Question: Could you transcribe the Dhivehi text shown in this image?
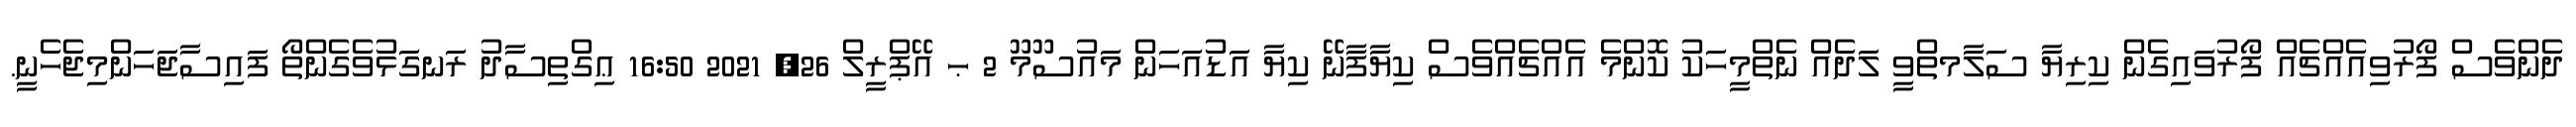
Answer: ދެންވެސް ފޯރުވިއެއްޗެއް ފޯރުވައިގެން ކިރިޔާ ސަލާމތްވީ ލަދެއް ނެތްމީހަކު ކޮންމެ އެއްޗެއްވެސް ކިޔާފާނޭ ކިޔާ އަޑުއަހަން މައުސޫމޫ 2 ޙ އޭޕްރީލް 26, 2021 16:50 ޢިގްތިސާދު ރަނގަޅުވެގެންތޯ ފައިސާޖަހަންމިޖެހެނީ.